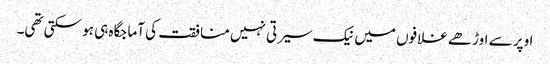
اوپر سے اوڑھے غلافوں میں نیک سیرتی نہیں منافقت کی آماجگاہ ہی ہو سکتی تھی۔